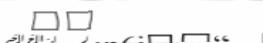
٩١